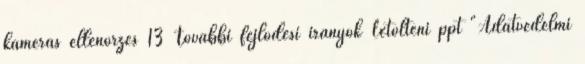
kamerás ellenőrzés 13 További fejlődési irányok Letölteni ppt "Adatvédelmi